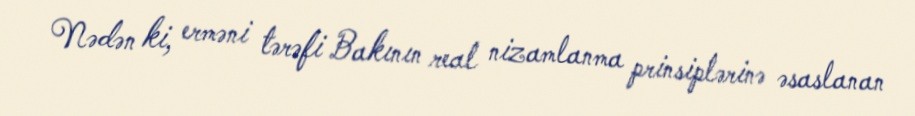
Nədən ki, erməni tərəfi Bakının real nizamlanma prinsiplərinə əsaslanan